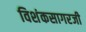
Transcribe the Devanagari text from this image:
विशंकसागरजी